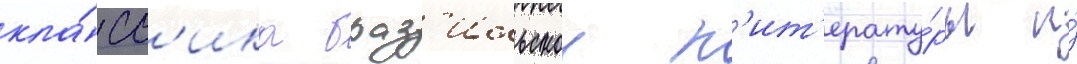
кла́сс'ика браз'ильскои л'ит'ерату́ры и́